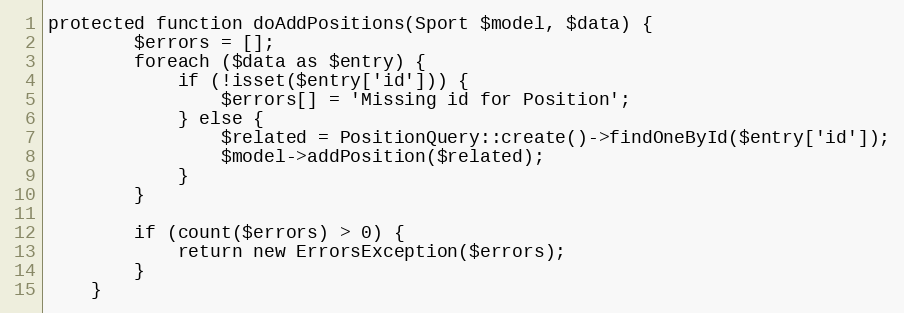
Language: PHP
protected function doAddPositions(Sport $model, $data) {
		$errors = [];
		foreach ($data as $entry) {
			if (!isset($entry['id'])) {
				$errors[] = 'Missing id for Position';
			} else {
				$related = PositionQuery::create()->findOneById($entry['id']);
				$model->addPosition($related);
			}
		}

		if (count($errors) > 0) {
			return new ErrorsException($errors);
		}
	}